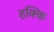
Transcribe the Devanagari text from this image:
हक्कि